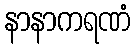
နာနာကရဏံ